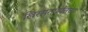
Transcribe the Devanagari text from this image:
खिरसरापर्यंतच्या